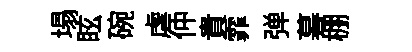
塌眩碗虐仲貴霏弹暮棚